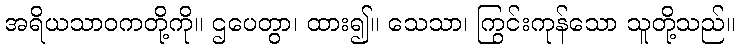
အရိယသာဝကတို့ကို။ ဌပေတွာ၊ ထား၍။ သေသာ၊ ကြွင်းကုန်သော သူတို့သည်။